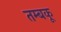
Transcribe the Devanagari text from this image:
तम्बकू